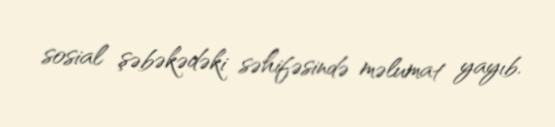
sosial şəbəkədəki səhifəsində məlumat yayıb.